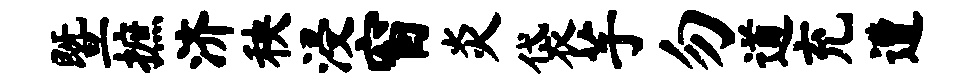
暨摭济秧浸窗炎袋芋勿道充遭